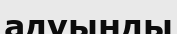
адуынды